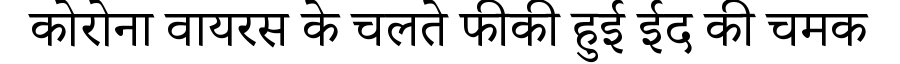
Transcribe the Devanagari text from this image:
कोरोना वायरस के चलते फीकी हुई ईद की चमक